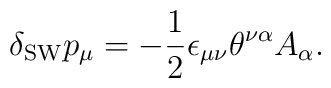
\delta_{\mathrm{SW}}p_\mu=-\frac{1}{2}\epsilon_{\mu\nu}  \theta^{\nu\alpha}A_\alpha.